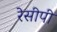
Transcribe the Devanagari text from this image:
रेसीपी